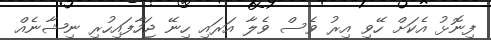
ފިނޮޅު އެކަށް ހޭވި އިރު ވެސް ވެލާ އަރައި ހިނޭ ޖަހާފައިހުރި ނިޝާނެއް